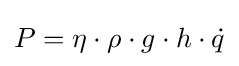
P=\eta \cdot \rho \cdot g\cdot h\cdot {\dot {q}}